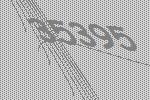
35395